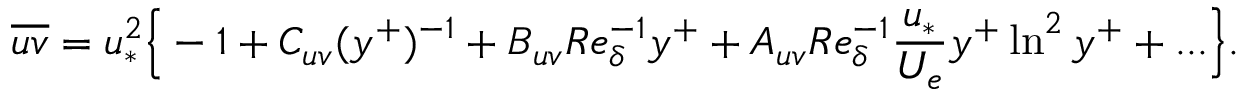
\overline { { u v } } = u _ { * } ^ { 2 } \Big \{ - 1 + C _ { u v } ( y ^ { + } ) ^ { - 1 } + B _ { u v } R e _ { \delta } ^ { - 1 } y ^ { + } + A _ { u v } R e _ { \delta } ^ { - 1 } \frac { u _ { * } } { U _ { e } } y ^ { + } \ln ^ { 2 } y ^ { + } + . . . \Big \} .